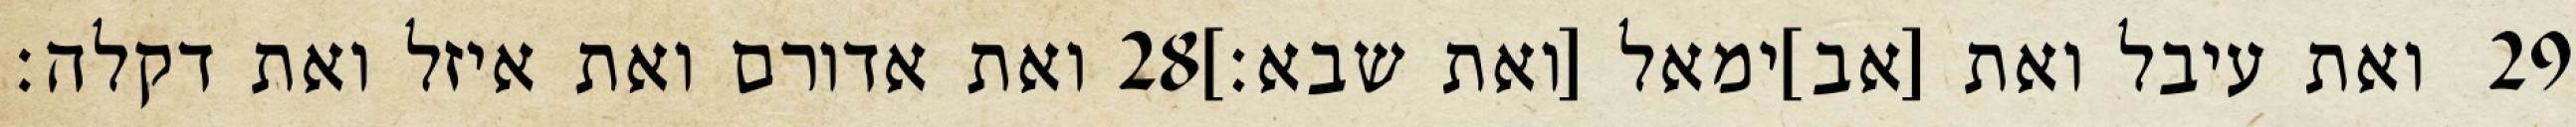
ואת אדורם ואת איזל ואת דקלה׃ ‎28‏ ואת עיבל ואת [אב]ימאל [ואת שבא׃] ‎29‏